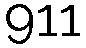
911